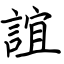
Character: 誼